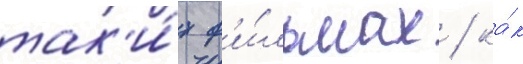
так'и́х ф'и́льмах / ка́к